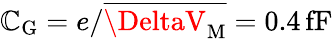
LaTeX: \mathbb{C}_{\mathrm{{G}}}=e/\overline{{{\DeltaV_{\mathrm{M}}}}}=0.4\, \mathrm{{fF}}